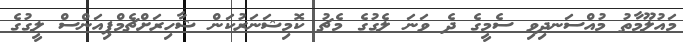
މައުލޫމާތު މުއްސަނދިވި ސެމީގެ ދެ ވަނަ ލެގުގެ މެޗު ކޮމިޝަނަރުކަން ޝާހިރަށްޗެމްޕިއަންސް ލީގުގެ